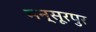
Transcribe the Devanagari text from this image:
मन्सूरपुर